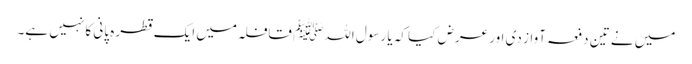
میں نے تین دفعہ آواز دی اور عرض کیا کہ یا رسول اللہﷺ قافلہ میں ایک قطرہ پانی کا نہیں ہے۔